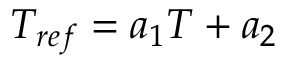
T _ { r e f } = a _ { 1 } T + a _ { 2 }